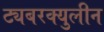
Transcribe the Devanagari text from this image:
ट्यबरक्युलीन